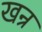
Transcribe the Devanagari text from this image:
खन्र